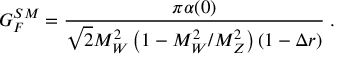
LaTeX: G _ { F } ^ { S M } = \frac { \pi \alpha ( 0 ) } { \sqrt { 2 } M _ { W } ^ { 2 } \left( 1 - M _ { W } ^ { 2 } / M _ { Z } ^ { 2 } \right) ( 1 - \Delta r ) } \; .